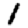
Digit: 1